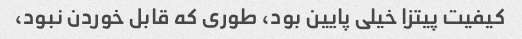
کیفیت پیتزا خیلی پایین بود، طوری که قابل خوردن نبود،